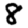
Digit: 8